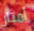
أمتار